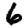
Digit: 6